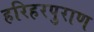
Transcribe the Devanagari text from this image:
हरिहरपुराण